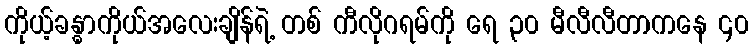
ကိုယ့်ခန္ဓာကိုယ်အလေးချိန်ရဲ့ တစ် ကီလိုဂရမ်ကို ရေ ၃၀ မီလီလီတာကနေ ၄၀